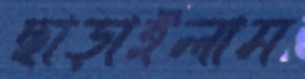
ছাড়াইলাম